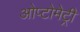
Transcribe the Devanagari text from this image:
ओप्टोमेट्री